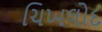
ચિખલોદ